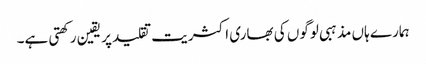
ہمارے ہاں مذہبی لوگوں کی بھاری اکثریت تقلید پر یقین رکھتی ہے۔